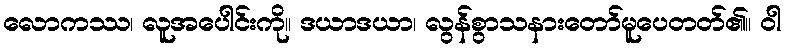
လောကဿ၊ လူအပေါင်းကို။ ဒယာဒယာ၊ လွန်စွာသနားတော်မူပေတတ်၏။ ဝါ